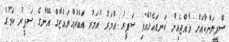
ސްރީލަންކާއަށް ރާއްޖެއިން ކަނޑައެޅުއްވި ސަފީރު އުމަރު އުމަރު އަބްދުއްރައްޒާގް އޭނާގެ ސަފީރު ކަމުގެ